Report of the Bombay Veterinary College
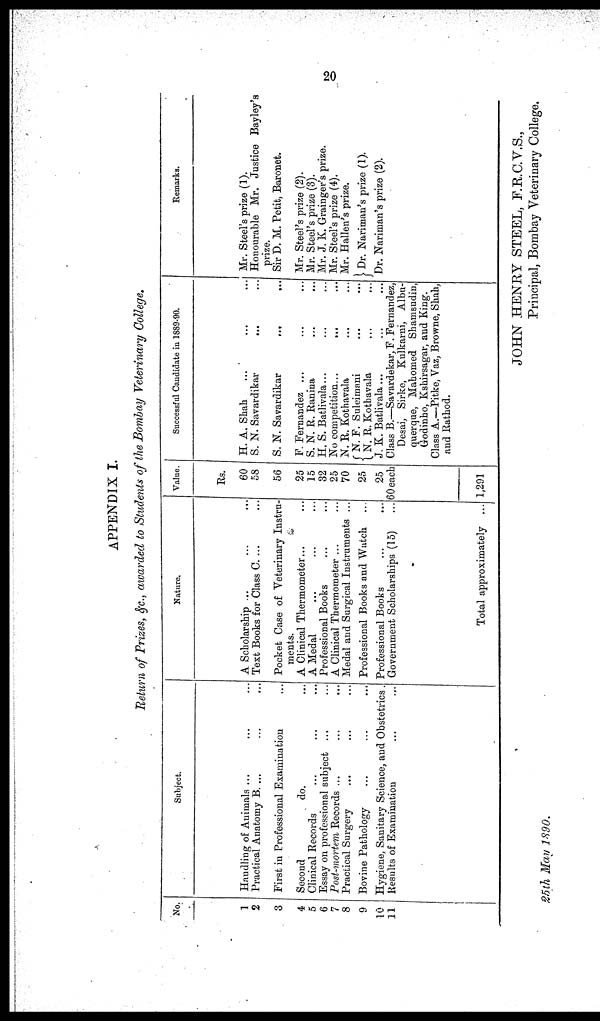
20
APPENDIX I.
Return of Prizes, &c., awarded to Students of the Bombay Veterinary College.
No.
1
2
3
4
5
6
7
8
9
10
11
Subject.
Handling of Animals ...
Practical Anatomy B. ...
First in Professional Examination
Second
do.
Clinical Records
Essay on professional subject ...
Post-mortem Records ...
Practical Surgery
Bovine Pathology
Hygiene, Sanitary Science, and Obstetrics .
Results of Examination
Nature.
A Scholarship ...
Text Books for Class C. ...
Pocket Case of Veterinary Instru-
ments.
A Clinical Thermometer...
A Medal
Professional Books
A Clinical Thermometer ...
Medal and Surgical Instruments ...
Professional Books and Watch
Professional Books
Government Scholarships (15)
Total approximately ...
Value.
Rs.
60
58
56
25
15
32
25
70
25
25
60 each
1,291
Successful Candidate in 1889-90.
H. A. Shah
...
S. N. Savardikar
...
S. N. Savardikar
...
...
F. Fernandez ...
S. N. R. Ranina
H. S. Batlivala...
No competition...
...
N. R. Kothavala
N. F. Suleimani
{ N. R. Kothavala
J. K. Batlivala...
Class B.—Savardekar, F. Fernandez,
Desai, Sirke, Kulkarni, Albu-
querque, Mahomed Shamsudin,
Godinho, Kshirsagar, and King.
Class A.—Pitke, Vaz, Browne, Shah,
and Rathod.
Remarks.
Mr. Steel's prize (1).
Honourable Mr. Justice
prize.
Sir D. M. Petit, Baronet.
Mr. Steel's prize (2).
Mr. Steel's prize (3).
Mr. J. K. Grainger's prize.
Mr. Steel's prize (4).
Mr. Hallen's prize.
} Dr. Nariman's prize (1).
Dr. Nariman's prize (2).
Bayley's
JOHN HENRY STEEL, F.R.C.V.S.,
Principal, Bombay Veterinary College.
25th May 1890.